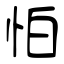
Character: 怕